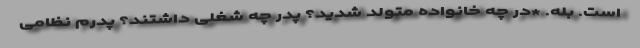
است. بله. *در چه خانواده متولد شدید؟ پدر چه شغلی داشتند؟ پدرم نظامی